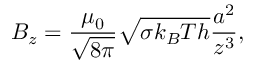
B _ { z } = \frac { \mu _ { 0 } } { \sqrt { 8 \pi } } \sqrt { \sigma k _ { B } T h } \frac { a ^ { 2 } } { z ^ { 3 } } ,